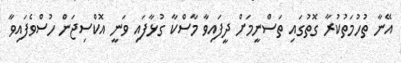
އޭނާ ތުހުމަތުކުރާ ގޮތުގައި ތަސްނީމަށް ދީފައިވާ މާސްކާ ގުޅާފައި ވަނީ އޮކްސިޖަން ހުސްވެފައިވާ